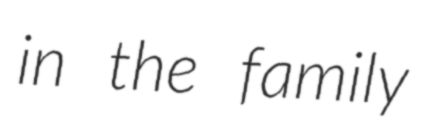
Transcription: in the family